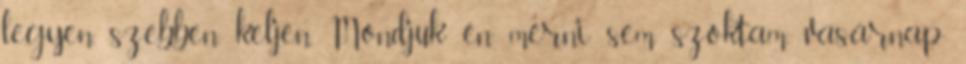
legyen, szebben keljen. Mondjuk én mérni sem szoktam, vasárnap